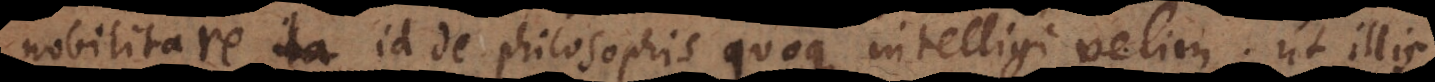
nobilitare, id de philosophis quoque intelligi velim; ut illis